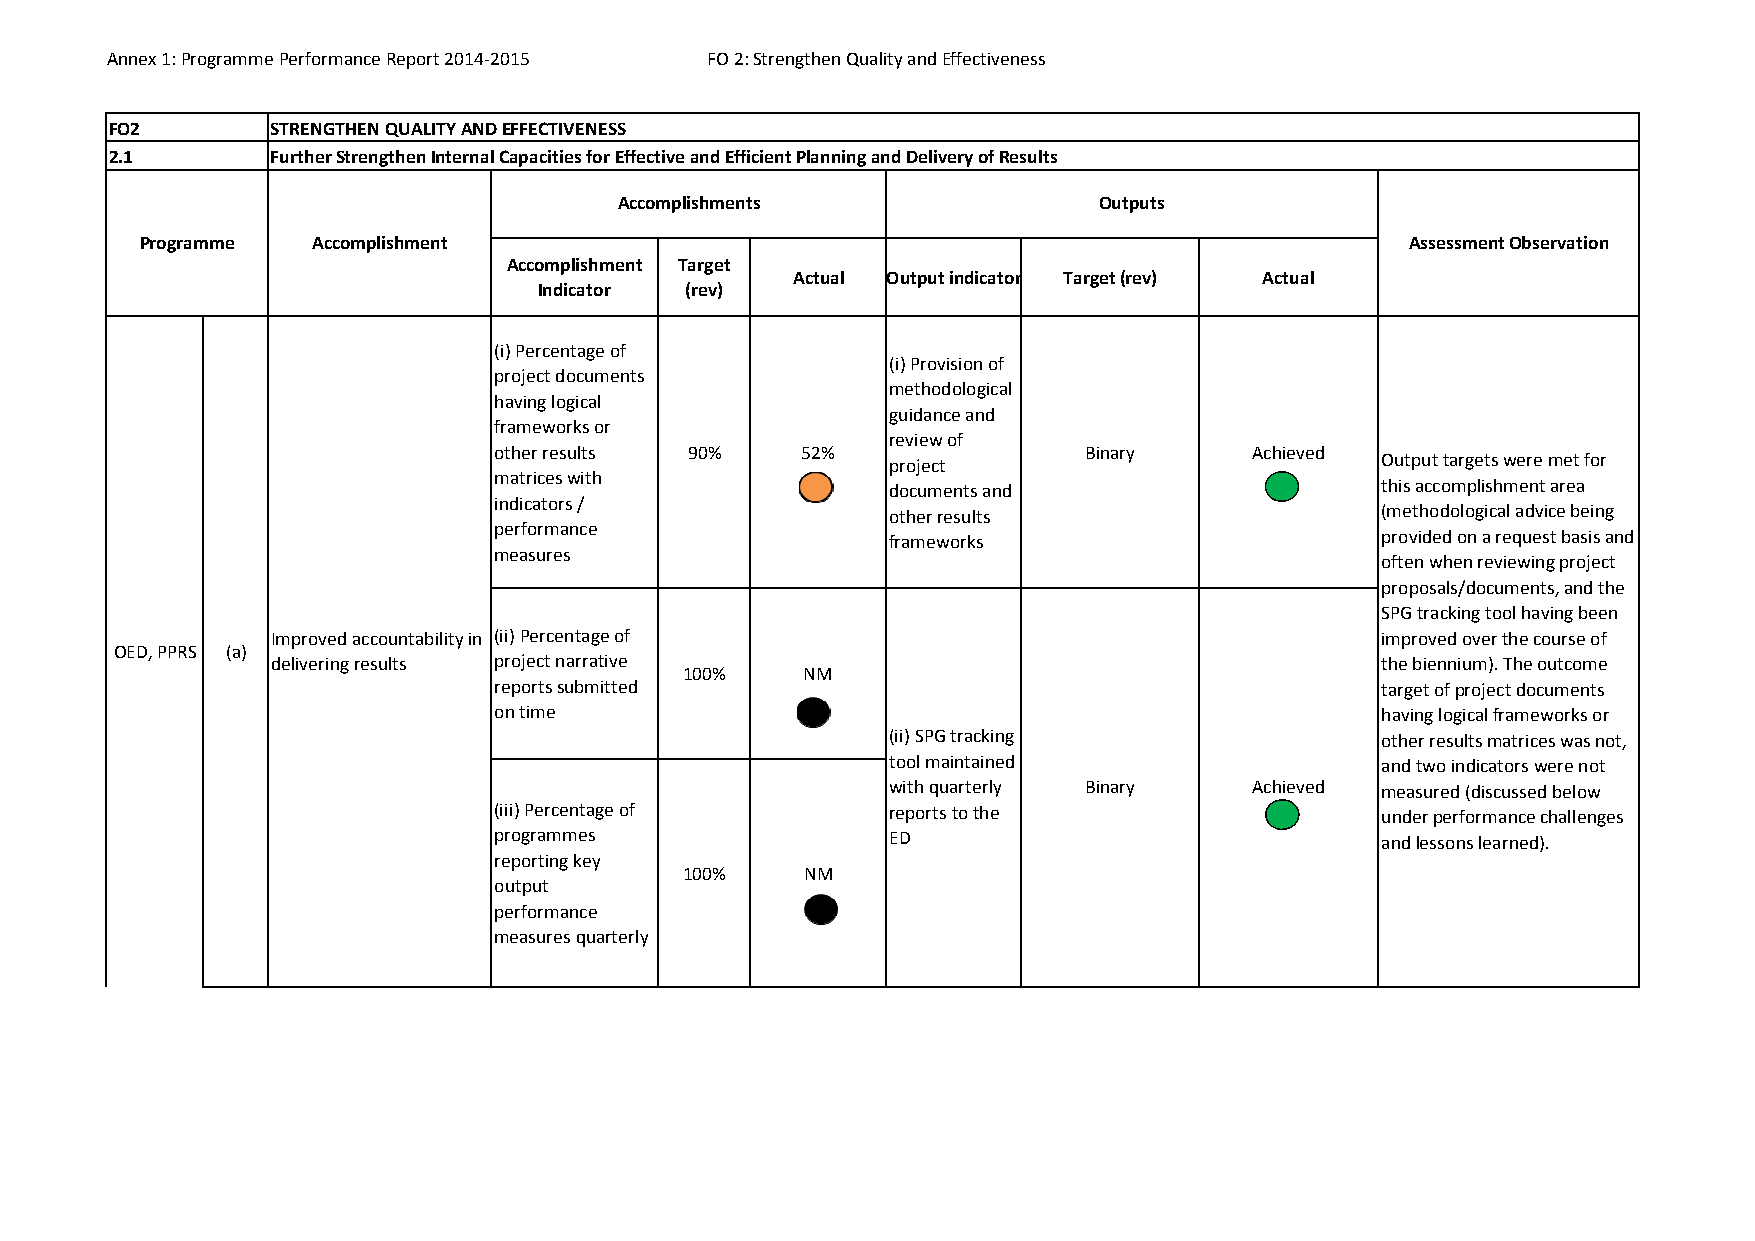
Annex 1: Programme Performance Report 2014‐2015 FO 2: Strengthen Quality and Effectiveness
 FO2        STRENGTHEN QUALITY AND EFFECTIVENESS
 2.1        Further Strengthen Internal Capacities for Effective and Efficient Planning and Delivery of Results
 Accomplishments                 Outputs
 Programme   Accomplishment                                                          Assessment Observation
 Accomplishment Target
 Actual Output indicator Target (rev) Actual
 Indicator (rev)
 (i) Percentage of
 (i) Provision of
 project documents
 methodological
 having logical
 guidance and
 frameworks or
 review of
 other results 90%   52%                Binary     Achieved
 project                         Output targets were met for
 matrices with
 documents and                   this accomplishment area
 indicators /
 other results                   (methodological advice being
 performance
 frameworks                      provided on a request basis and
 measures
 often when reviewing project
 proposals/documents, and the
 SPG tracking tool having been
 Improved accountability in (ii) Percentage of                            improved over the course of
 OED, PPRS (a)
 delivering results project narrative                                     the biennium). The outcome
 100%    NM
 reports submitted                                         target of project documents
 on time                                                   having logical frameworks or
 (ii) SPG tracking               other results matrices was not,
 tool maintained                 and two indicators were not
 with quarterly Binary   Achieved measured (discussed below
 (iii) Percentage of       reports to the                  under performance challenges
 programmes                ED                              and lessons learned).
 reporting key
 100%    NM
 output
 performance
 measures quarterly